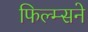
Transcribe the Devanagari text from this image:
फिल्म्सने